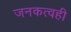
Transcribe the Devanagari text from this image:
जनकत्वही